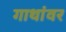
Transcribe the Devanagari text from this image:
गाथांवर